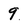
Character: 9